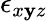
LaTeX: \epsilon_{x\mathbf{y}z}